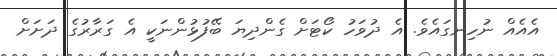
އެއެއް ނުހިނގައެވެ. އެ ދުވަހު ކޯޓަށް ގެންދިޔަ ބޭފުޅުންނަކީ އެ ގަރާރުގެ ދަށަށް